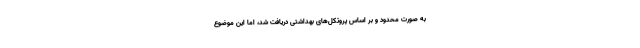
به صورت محدود و بر اساس پروتکل‌های بهداشتی دریافت شد، اما این موضوع